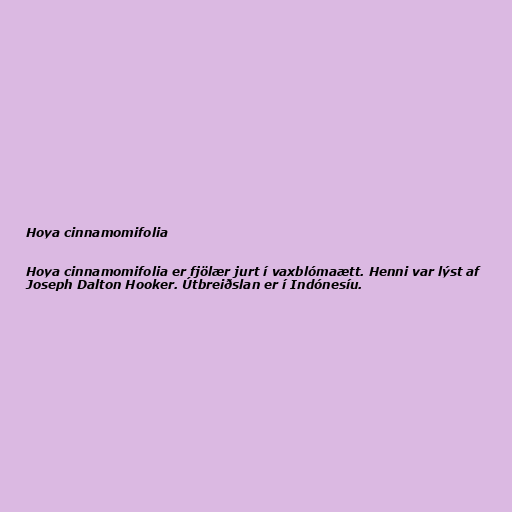
Hoya cinnamomifolia

Hoya cinnamomifolia er fjölær jurt í vaxblómaætt. Henni var lýst af
Joseph Dalton Hooker. Útbreiðslan er í Indónesíu.